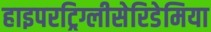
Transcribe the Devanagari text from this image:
हाइपरट्रिग्लीसेरिडेमिया